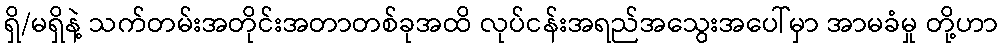
ရှိ/မရှိနဲ့ သက်တမ်းအတိုင်းအတာတစ်ခုအထိ လုပ်ငန်းအရည်အသွေးအပေါ်မှာ အာမခံမှု တို့ဟာ